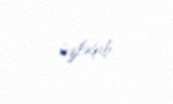
üzləşib.